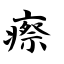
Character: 瘵